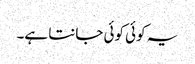
یہ کوئی کوئی جانتا ہے۔